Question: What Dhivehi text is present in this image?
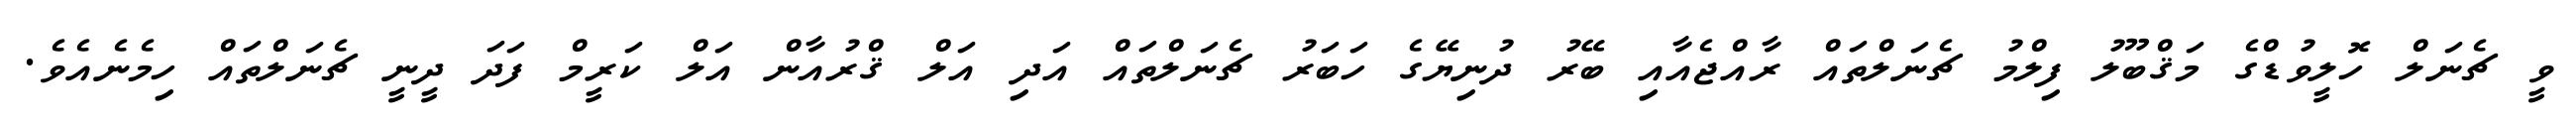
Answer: ވީ ޗެނަލް ހޮލީވުޑްގެ މަޤްބޫލު ފިލްމު ޗެނަލްތައް ރާއްޖެއާއި ބޭރު ދުނިޔޭގެ ހަބަރު ޗެނަލްތައް އަދި އަލް ޤްރުއާން އަލް ކަރީމް ފަދަ ދީނީ ޗެނަލްތައް ހިމެނެއެވެ.